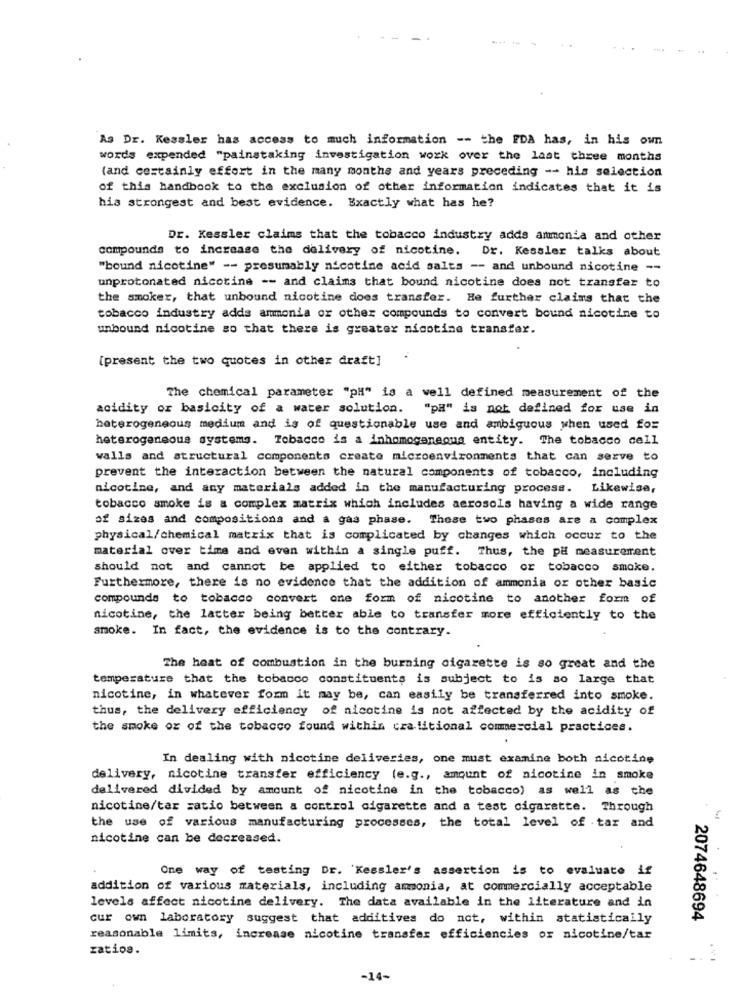
As Dr. Kessler has access to much information -- the FDA has, in his own
words expended "painstaking investigation work over the last three months
(and certainly effort in the many months and years preceding -- his selection
of this handbook to the exclusion of other information indicates that it is
his strongest and best evidence. Exactly what has he?
Dr. Kessler claims that the tobacco industry adds ammonia and other
compounds to increase the delivery of nicotine.
Dr. Kessler talks about
"bound nicotine" -- presumably nicotine acid salts -- and unbound nicotine --
unprotonated nicotine -- and claims that bound nicotine does not transfer to
the smoker, that unbound nicotine does transfer. He further claims that the
tobacco industry adds ammonia or other compounds to convert bound nicotine to
unbound nicotine so that there is greater nicotine transfer.
[present the two quotes in other draft]
The chemical parameter "PH" is a well defined measurement of the
acidity or basicity of a water solution. "pa" is not defined for use in
heterogeneous medium and is of questionable use and ambiguous when used for
heterogeneous systems. Tobacco is a inhomogenequa entity. The tobacco cell
walls and structural components create microenvironments that can serve to
prevent the interaction between the natural components of tobacco, including
nicotine, and any materials added in the manufacturing process.
Likewise,
tobacco smoke is a complex matrix which includes aerosols having a wide range
of sizes and compositions and a gas phase. Those two phases are a complex
physical/chemical matrix that is complicated by changes which occur to the
material over time and even within a single puff. Thus, the pH measurement
should not and cannot be applied to either tobacco or tobacco smoke.
Furthermore, there is no evidence that the addition of ammonia or other basic
compounds to tobacco convert one form of nicotine to another form of
nicotine, the latter being better able to transfer more efficiently to the
smoke. In fact, the evidence is to the contrary.
The heat of combustion in the burning cigarette is so great and the
temperature that the tobacco constituents is subject to is so large that
nicotine, in whatever form it may be, can easily be transferred into smoke.
thus, the delivery efficiency of nicotine is not affected by the acidity of
the smoke or of the tobacco found within cratitional commercial practices.
In dealing with nicotine deliveries, one must examine both nicotine
delivery, nicotine transfer efficiency (e.g ., amount of nicotine in smoke
delivered divided by amount of nicotine in the tobacco) as well as the
nicotine/tar satio between a control cigarette and a test cigarette. Through
the use of various manufacturing processes, the total level of tar and
nicotine can be decreased.
One way of testing Dr. 'Kessler's assertion is to evaluate if
addition of various materials, including amonia, at commercially acceptable
levels affect nicotine delivery. The data available in the literature and in
cur own laboratory suggest that additives do not, within statistically
2074648694
reasonable limits, increase nicotine transfer efficiencies or nicotine/tar
zatios.
-14-